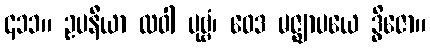
၄၁၁။ ဥပနီယာ ထဝါ ပုဗ္ဗံ၊ ဝေဒ မဇ္ဈာပယေ ဒွိဇော။